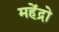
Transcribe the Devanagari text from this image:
महेंद्रो